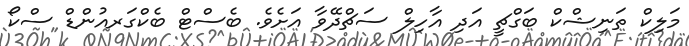
މަލިކް ތަނިޝްކް ބަގްޗީ އަދި އާހިލް ސަޗްދޭވާ އަށެވެ. ބެސްޓް ބެކްގަރއުންޑް ސްކޯ